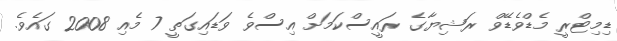
ޑިމިޓްރީ މެޑްވެޑޭވް ރަޝިޔާގެ ރައީސްކަމަށް އިސްވެ ވަޑައިގަތީ 7 މެއި 2008 ގައެވެ.